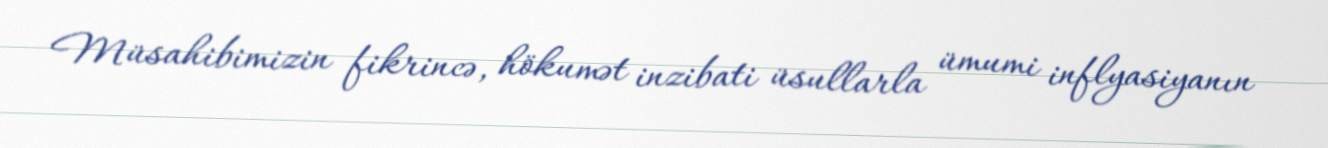
Müsahibimizin fikrincə, hökumət inzibati üsullarla ümumi inflyasiyanın